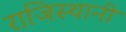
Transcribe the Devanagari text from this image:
राजिस्थानी